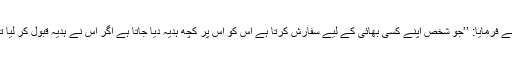
ابو امامہ رضی اللہ عنہ سے روایت ہے رسول اللہ صلی اللہ علیہ وسلم نے فرمایا: ’’جو شخص اپنے کسی بھائی کے لیے سفارش کرتا ہے اس کو اس پر کچھ ہدیہ دیا جاتا ہے اگر اس نے ہدیہ قبول کر لیا تو وہ سود کے دروازوں میں سے ایک بہت بڑے دروازے پر پہنچ گیا‘‘۔